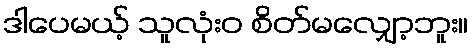
ဒါပေမယ့် သူလုံးဝ စိတ်မလျှော့ဘူး။